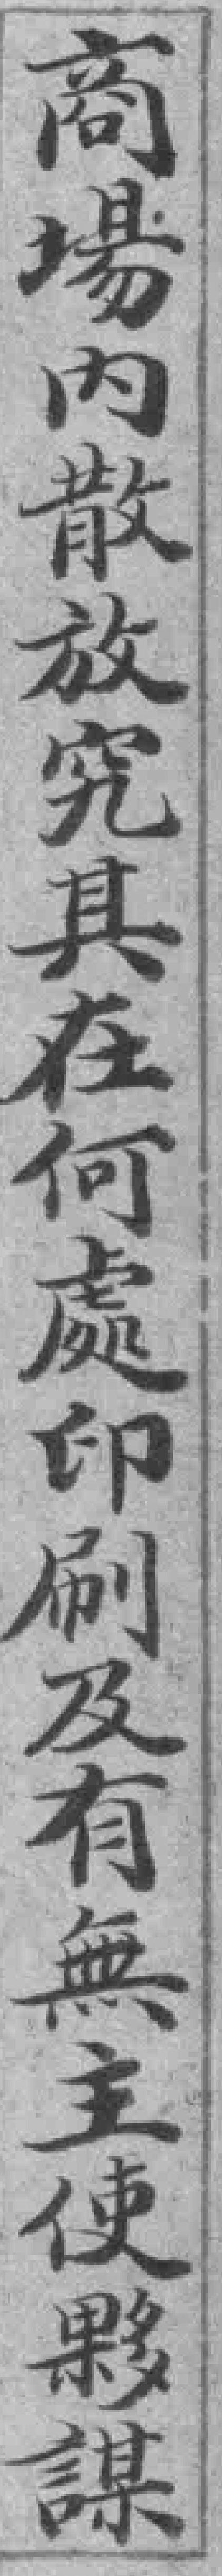
商場内散放究其在何處印刷及有無主使夥謀